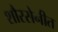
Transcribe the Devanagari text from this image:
शौरसेनीत